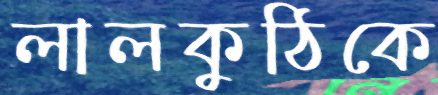
লালকুঠিকে